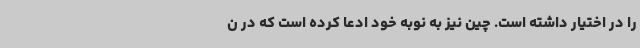
را در اختیار داشته است. چین نیز به نوبه خود ادعا کرده است که در ن